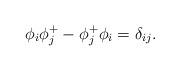
LaTeX: \begin{align*}\phi_{i}\phi_{j}^{+}-\phi_{j}^{+}\phi_{i}=\delta_{ij}.\end{align*}